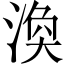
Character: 渙